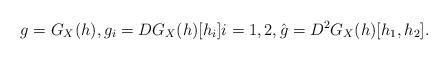
LaTeX: \begin{align*}g& = G_X(h) , g_{i} = D G_X(h)[h_i]i=1,2, \hat g = D^2 G_X(h)[h_1,h_2] .\end{align*}